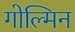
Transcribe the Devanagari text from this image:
गोल्मिन